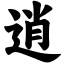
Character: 逍